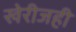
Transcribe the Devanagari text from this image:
खेरीजही